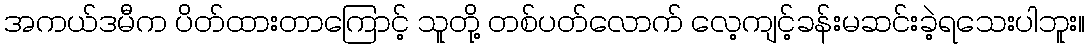
အကယ်ဒမီက ပိတ်ထားတာကြောင့် သူတို့ တစ်ပတ်လောက် လေ့ကျင့်ခန်းမဆင်းခဲ့ရသေးပါဘူး။